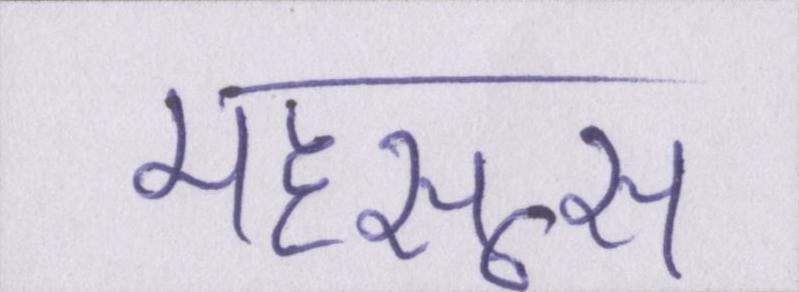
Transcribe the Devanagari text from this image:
महसूस